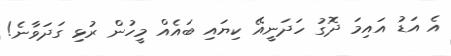
އެ އަޑު އައިމަ ދޮގު ހަދަނީއޭ ކިޔައި ބައެއް މީހުން ރުޅި ގަދަވާނެ!